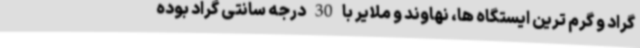
گراد و گرم ترین ایستگاه ها، نهاوند و ملایر با 30 درجه سانتی گراد بوده